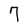
Character: 7